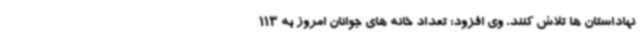
نهاداستان ها تلاش کنند. وی افزود: تعداد خانه های جوانان امروز به 113